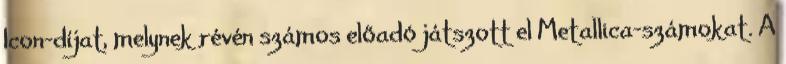
Icon-díjat, melynek révén számos előadó játszott el Metallica-számokat. A